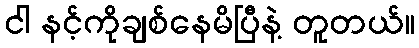
ငါ နင့်ကိုချစ်နေမိပြီနဲ့ တူတယ်။